Annual report on the working of the mental hospitals in the Madras Presidency - 1912-1932
Year: 1912
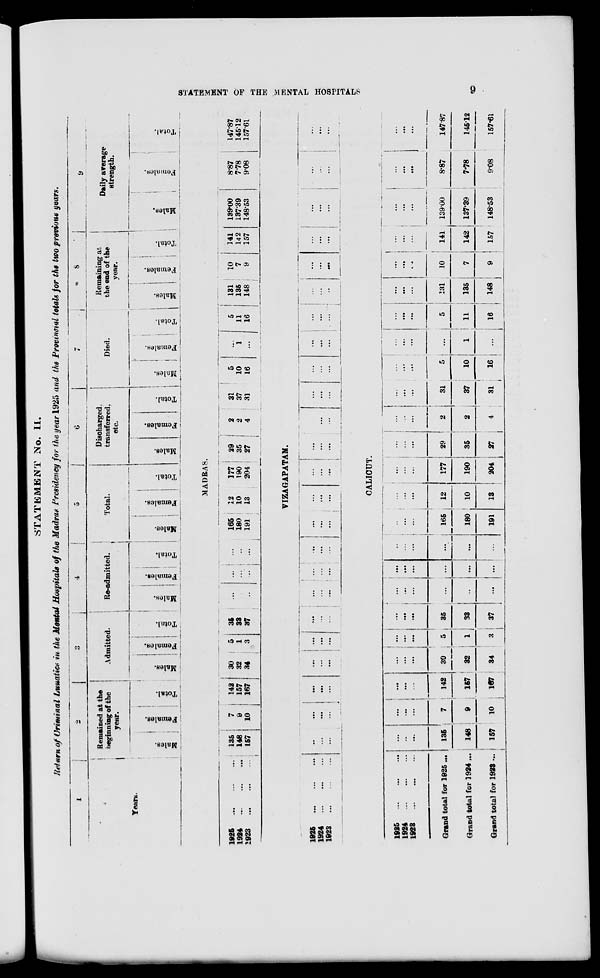
STATEMENT OF THE MENTAL HOSPITALS
9
STATEMENT No. II.
Return of Criminal Lunatics in the Mental Hospitals of the Madras Presidency for the year 1925 and the Provincial totals for the two previous years.
1
Years.
2
Remained at the
beginning of the
year.
Males.
Females.
Total.
3
Admitted.
Males.
Females.
Total.
4
Re-admitted.
Males.
Females.
Total.
5
Total.
Males.
Females.
Total.
6
Discharged.
transferred,
etc.
Males.
Females.
Total.
7
Died.
Males.
Females.
Total.
8
Remaining at
the end of the
year.
Males.
Females.
Total.
9
Daily average
strength.
Males.
Females.
Total.
MADRAS.
1925
...
...
...
1924
...
...
...
1923
...
...
...
135
148
157
7
9
10
142
157
167
30
32
34
5
1
3
35
33
37
...
...
...
...
...
...
...
...
...
165
180
191
12
10
13
177
190
204
29
35
27
2
2
4
31
37
31
5
10
16
...
1
...
5
11
16
131
135
148
10
7
9
141
14 2
157
139.00
137.39
148.53
8.87
7.78
9.08
147.87
145.12
157.61
VIZAGAPATAM.
1925 ... ... ...
1924
...
...
...
1923
...
...
...
...
...
...
...
...
...
...
...
...
...
...
...
...
...
...
...
...
...
...
...
...
...
...
...
...
...
...
...
...
...
...
...
...
...
...
...
...
...
...
...
...
...
...
...
...
...
...
...
...
...
...
...
...
...
...
...
...
...
...
...
...
...
...
...
...
...
...
...
...
...
...
...
CALICUT.
1925
...
...
...
1924
...
...
...
1923 ... ... ...
Grand total for 1925 ...
Grand total for 1924 ...
Grand total for 1923 ...
...
...
...
135
148
157
...
...
...
7
9
10
...
...
...
142
157
167
...
...
...
30
32
34
...
...
...
5
1
3
...
...
...
35
33
37
...
...
...
...
...
...
...
...
...
...
...
...
...
...
...
...
...
...
...
...
...
165
180
191
...
...
...
12
10
13
...
...
...
177
190
204
...
...
...
29
35
27
...
...
...
2
2
4
...
...
...
31
37
31
...
...
...
5
10
16
...
...
...
...
1
...
...
...
...
5
11
16
...
...
...
131
135
148
...
...
...
10
7
9
...
...
...
141
142
157
...
...
...
139.00
137.39
148.53
...
...
...
8.87
7.78
9.08
...
...
...
147.87
145.12
157.61